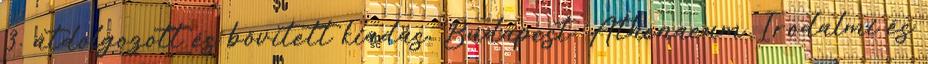
3. átdolgozott és bővített kiadás, Budapest: Athenaeum Irodalmi és